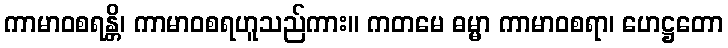
ကာမာဝစရန္တိ၊ ကာမာဝစရဟူသည်ကား။ ကတမေ ဓမ္မာ ကာမာဝစရာ၊ ဟေဋ္ဌတော